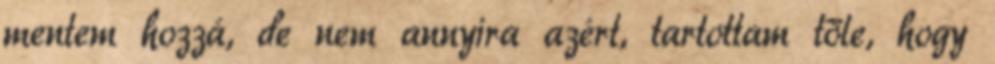
mentem hozzá, de nem annyira azért, tartottam tőle, hogy